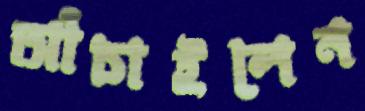
আঁচাইলেন